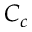
C _ { c }